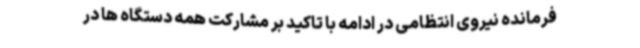
فرمانده نیروی انتظامی در ادامه با تاکید بر مشارکت همه دستگاه ها در